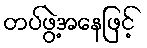
တပ်ဖွဲ့အနေဖြင့်